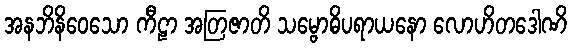
အနဘိနိဝေသော ကီဠာ အတြဇာတိ သမ္ဗောဓိပရာယနော လောဟိတဒေါဏိ